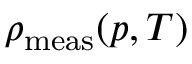
\rho _ { \mathrm { m e a s } } ( p , T )